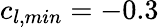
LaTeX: c_{l,min}=-0.3